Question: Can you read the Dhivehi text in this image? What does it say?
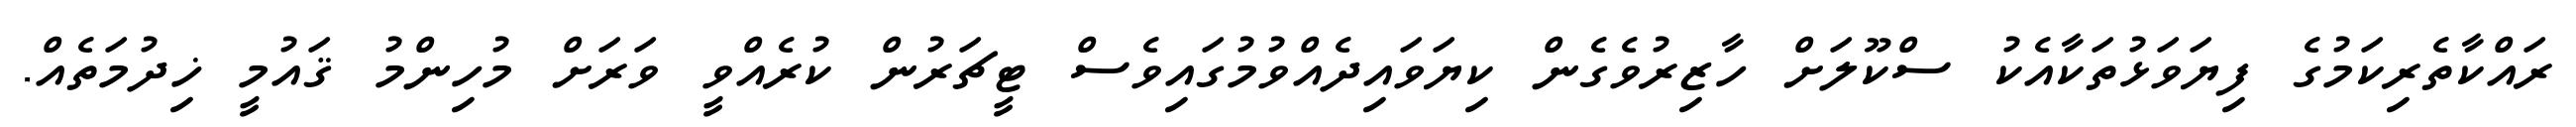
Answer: ރައްކާތެރިކަމުގެ ފިޔަވަޅުތަކާއެކު ސްކޫލަށް ހާޒިރުވެގެން ކިޔަވައިދެއްވުމުގައިވެސް ޓީޗަރުން ކުރެއްވީ ވަރަށް މުހިންމު ޤައުމީ ޚިދުމަތެއް.